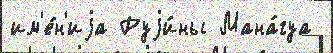
им'е́н'иjа Руjи́ны Мана́гуа